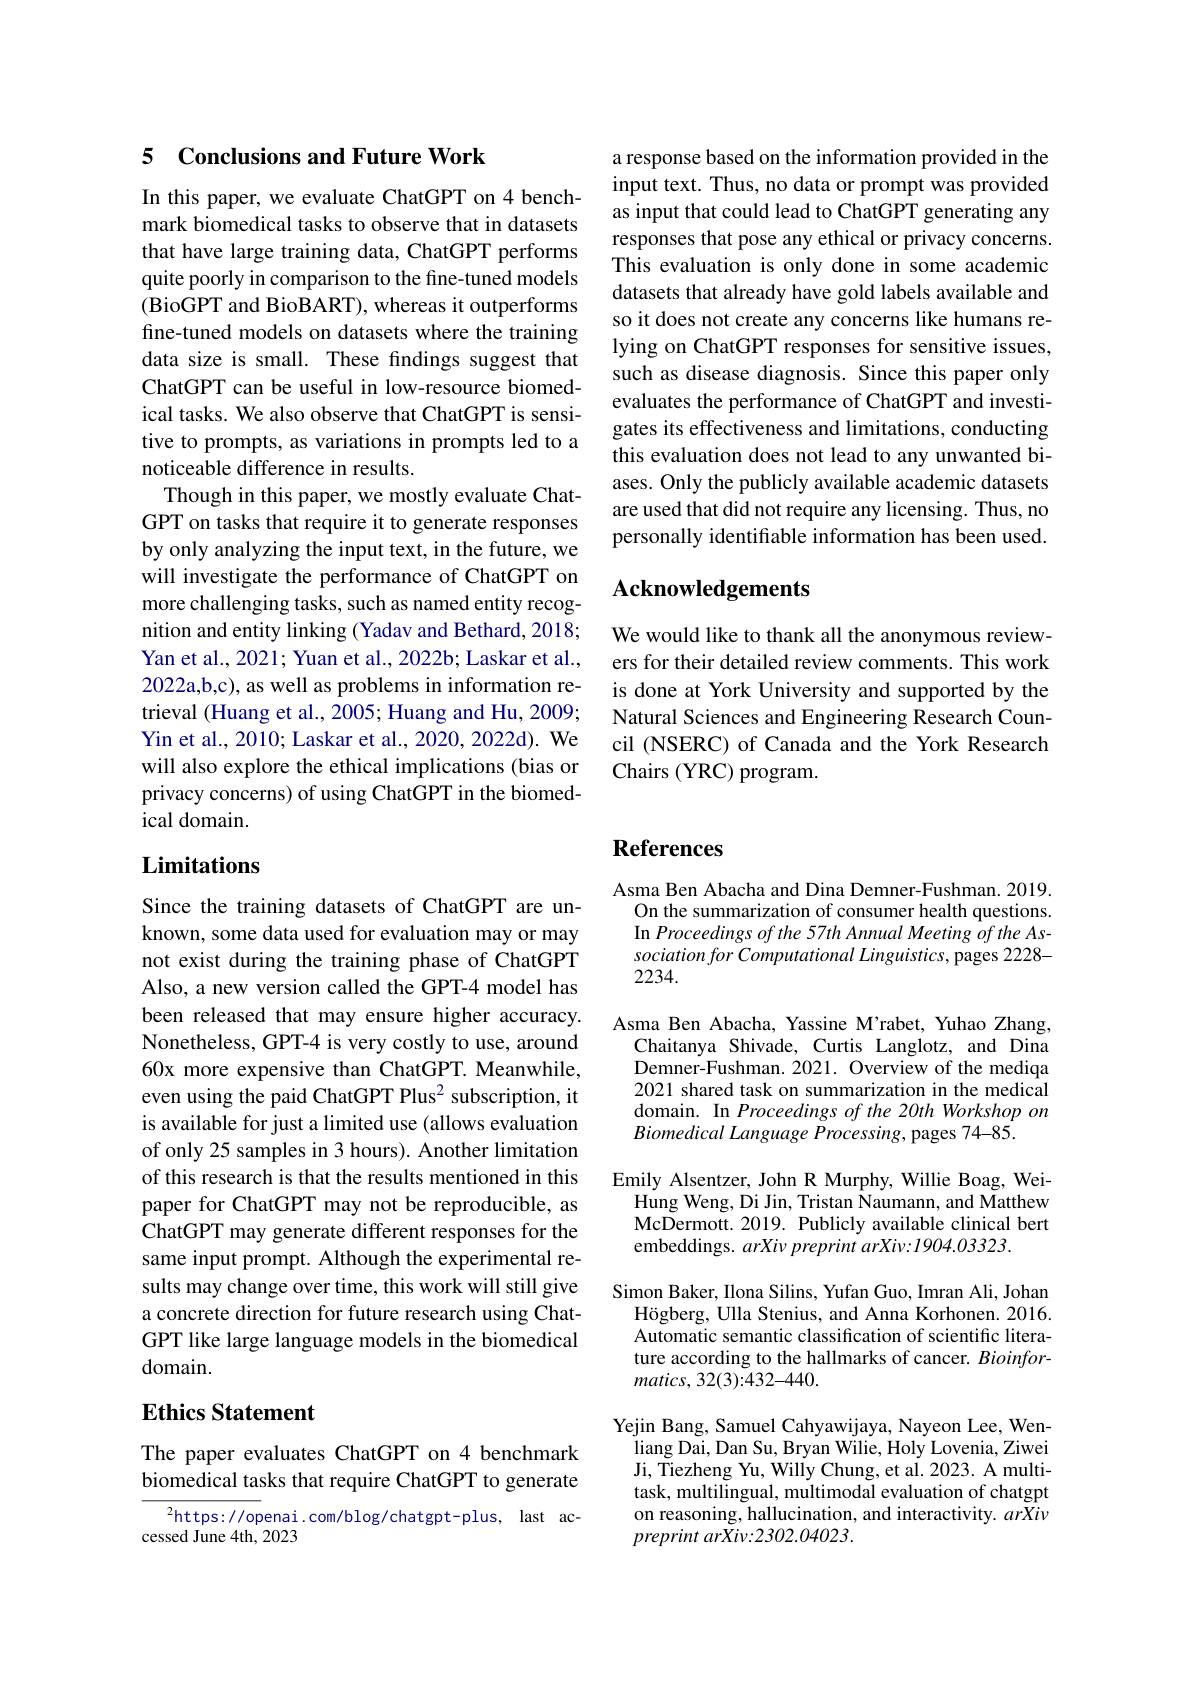
a response based on the information provided in the input text. Thus, no data or prompt was provided as input that could lead to ChatGPT generating any responses that pose any ethical or privacy concerns. This evaluation is only done in some academic datasets that already have gold labels available and so it does not create any concerns like humans relying on ChatGPT responses for sensitive issues, such as disease diagnosis. Since this paper only evaluates the performance of ChatGPT and investigates its effectiveness and limitations, conducting this evaluation does not lead to any unwanted biases. Only the publicly available academic datasets are used that did not require any licensing. Thus, no personally identifiable information has been used.

## Acknowledgements

We would like to thank all the anonymous reviewers for their detailed review comments. This work is done at York University and supported by the Natural Sciences and Engineering Research Council (NSERC) of Canada and the York Research Chairs (YRC) program.

### 5 Conclusions and Future Work

In this paper, we evaluate ChatGPT on 4 benchmark biomedical tasks to observe that in datasets that have large training data, ChatGPT performs quite poorly in comparison to the fine-tuned models (BioGPT and BioBART), whereas it outperforms fine-tuned models on datasets where the training data size is small. These findings suggest that ChatGPT can be useful in low-resource biomedical tasks. We also observe that ChatGPT is sensitive to prompts, as variations in prompts led to a noticeable difference in results.
Though in this paper, we mostly evaluate ChatGPT on tasks that require it to generate responses by only analyzing the input text, in the future, we will investigate the performance of ChatGPT on more challenging tasks, such as named entity recognition and entity linking (Yadav and Bethard, 2018; Yan et al., 2021; Yuan et al., 2022b; Laskar et al., 2022a,b,c), as well as problems in information retrieval (Huang et al., 2005; Huang and Hu, 2009; Yin et al., 2010; Laskar et al., 2020, 2022d). We will also explore the ethical implications (bias or privacy concerns) of using ChatGPT in the biomedical domain.

# Limitations

Since the training datasets of ChatGPT are unknown, some data used for evaluation may or may not exist during the training phase of ChatGPT Also, a new version called the GPT-4 model has been released that may ensure higher accuracy. Nonetheless, GPT-4 is very costly to use, around 60x more expensive than ChatGPT. Meanwhile, even using the paid ChatGPT Plus$^{2}$ subscription, it is available for just a limited use (allows evaluation of only 25 samples in 3 hours). Another limitation of this research is that the results mentioned in this paper for ChatGPT may not be reproducible, as ChatGPT may generate different responses for the same input prompt. Although the experimental results may change over time, this work will still give a concrete direction for future research using ChatGPT like large language models in the biomedical domain.

## Ethics Statement

The paper evaluates ChatGPT on 4 benchmark biomedical tasks that require ChatGPT to generate

$^2$https://openai.com/blog/chatgpt-plus,last ac-
cessed June 4th, 2023

# References

Asma Ben Abacha and Dina Demner-Fushman. 2019
On the summarization of consumer health questions. In Proceedings of the 57th Annual Meeting of the Association for Computational Linguistics, pages 2228- 2234.

Asma Ben Abacha, Yassine M'rabet, Yuhao Zhang,
Chaitanya Shivade, Curtis Langlotz, and Dina Demner-Fushman. 2021. Overview of the mediqa 2021 shared task on summarization in the medical domain. In Proceedings of the 20th Workshop on Biomedical Language Processing, pages 74-85.
Emily Alsentzer, John R Murphy, Willie Boag, Wei-
Hung Weng, Di Jin, Tristan Naumann, and Matthew McDermott. 2019. Publicly available clinical bert embeddings. arXiv preprint arXiv:1904.03323
Simon Baker, Ilona Silins, Yufan Guo, Imran Ali, Johan
Högberg, Ulla Stenius, and Anna Korhonen. 2016. Automatic semantic classification of scientific literature according to the hallmarks of cancer. Bioinfor- $matics,32(3):432-440.$
Yejin Bang, Samuel Cahyawijaya, Nayeon Lee, Wenliang Dai, Dan Su, Bryan Wilie, Holy Lovenia, Ziwei Ji, Tiezheng Yu, Willy Chung, et al. 2023. A multitask, multilingual, multimodal evaluation of chatgpt

on reasoning, hallucination, and interactivity. arXiw
preprint arXiv:2302.04023.